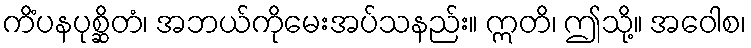
ကိံပနပုစ္ဆိတံ၊ အဘယ်ကိုမေးအပ်သနည်း။ ဣတိ၊ ဤသို့။ အဝေါစ၊